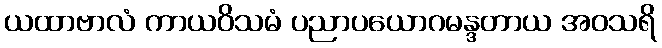
ယထာဗာလံ ကာယဝိသမံ ပညာပယောဂမန္ဒတာယ အဝသရိ